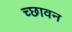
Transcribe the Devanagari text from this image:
च्छावन